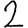
Digit: 2